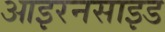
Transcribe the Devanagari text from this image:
आइरनसाइड